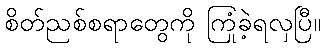
စိတ်ညစ်စရာတွေကို ကြုံခဲ့ရလှပြီ။